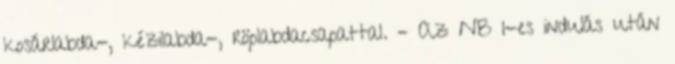
kosárlabda-, kézilabda-, röplabdacsapattal. – Az NB I-es indulás után